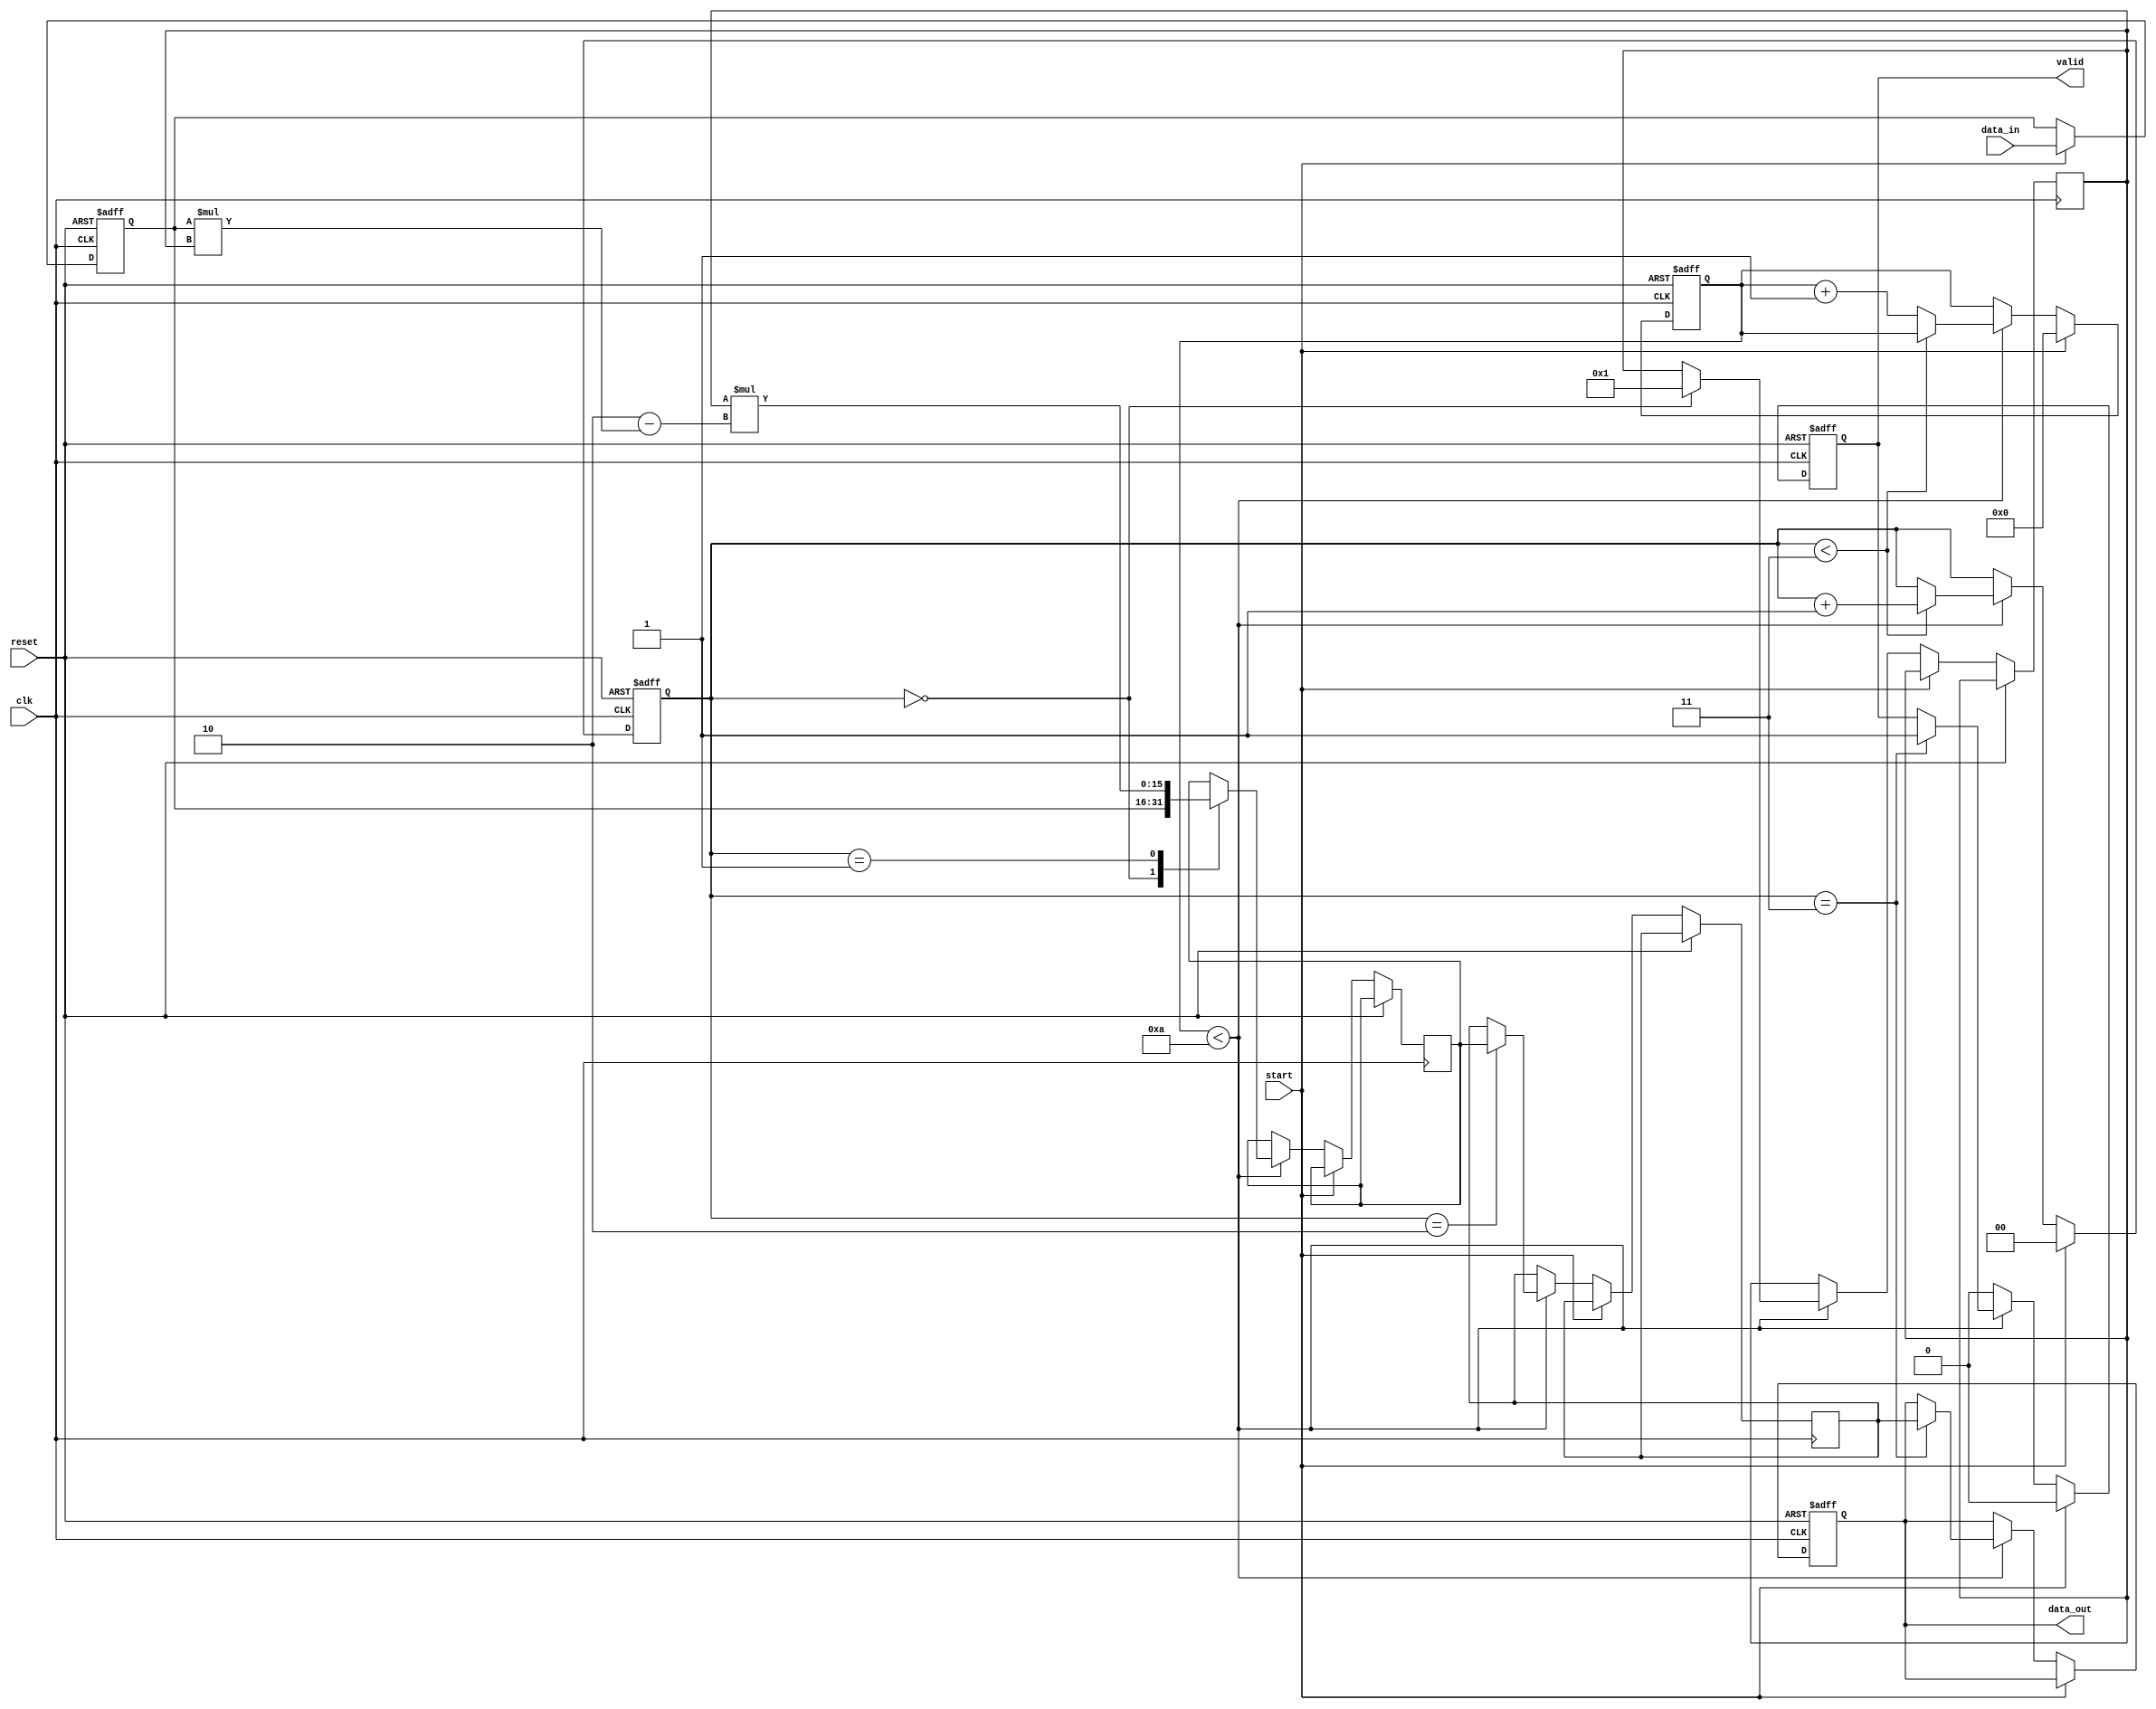
module systolic_array_reciprocal (
    input wire [15:0] data_in,   // Input data for which reciprocal is computed
    input wire clk,              // Clock signal
    input wire reset,            // Active-high reset signal
    input wire start,            // Start signal to initiate calculation
    output reg [15:0] data_out,  // Output computed reciprocal
    output reg valid             // Valid signal indicating output is ready
);

    // Internal state variables
    reg [15:0] current_value; // Current value being processed
    reg [15:0] intermediate_results [0:3]; // Example: 4 processing elements
    reg [1:0] stage;             // Stage counter to track pipeline stages
    reg [3:0] cycle_count;       // Cycle counter for control logic

    // Control logic
    always @(posedge clk or posedge reset) begin
        if (reset) begin
            // Reset internal states
            data_out <= 0;
            valid <= 0;
            current_value <= 0;
            stage <= 0;
            cycle_count <= 0;
        end else if (start) begin
            // Load input data
            current_value <= data_in;
            stage <= 0;
            cycle_count <= 0;
            valid <= 0;
        end else begin
            // Process through the stages of the systolic array
            if (cycle_count < 10) begin
                // Example of a simple iterative approach for the reciprocal
                // (This block needs to implement the actual reciprocal algorithm)
                case (stage)
                    0: begin
                        // Initial approximation (example, use a constant)
                        intermediate_results[0] <= 16'h0001; // 1 as starting point
                        // Assign current value to next stage
                        intermediate_results[1] <= current_value;
                    end
                    1: begin
                        // Simple processing in PE 1 (for example only)
                        // Implementing Newton-Raphson iteration
                        intermediate_results[1] <= intermediate_results[0] * (2'h2 - current_value * intermediate_results[0]); // Example
                    end
                    2: begin
                        // More Iteration or PEs can be added following the logic
                        intermediate_results[2] <= intermediate_results[1]; // Forward pass
                    end
                    3: begin
                        // Collect final result
                        data_out <= intermediate_results[2]; // Final output
                        valid <= 1; // Output valid
                    end
                endcase

                // Increment stage and cycle count
                if (stage < 3)
                    stage <= stage + 1;
                else
                    cycle_count <= cycle_count + 1;
            end else begin
                // Finished processing after set cycles
                valid <= 0;  // Reset valid signal if needed
            end
        end
    end
endmodule